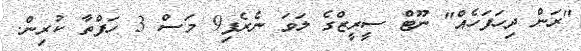
"ރަން ދިހަފަހެއް" ނޫޓް ސީރީޒްގެ ލަވަ ނެރެފި9 މަސް 3 ހަފްތާ ކުރިން.